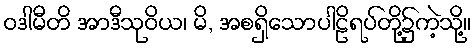
ဝဒါမီတိ အာဒီသုဝိယ၊ မိ, အစရှိသောပါဠိရပ်တို့၌ကဲ့သို့။